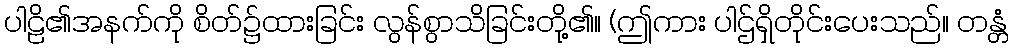
ပါဠိ၏အနက်ကို စိတ်၌ထားခြင်း လွန်စွာသိခြင်းတို့၏။ (ဤကား ပါဌ်ရှိတိုင်းပေးသည်။ တန္တံ